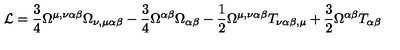
{ \cal L } = \frac { 3 } { 4 } \Omega ^ { \mu , \nu \alpha \beta } \Omega _ { \nu , \mu \alpha \beta } - \frac { 3 } { 4 } \Omega ^ { \alpha \beta } \Omega _ { \alpha \beta } - \frac { 1 } { 2 } \Omega ^ { \mu , \nu \alpha \beta } T _ { \nu \alpha \beta , \mu } + \frac { 3 } { 2 } \Omega ^ { \alpha \beta } T _ { \alpha \beta }